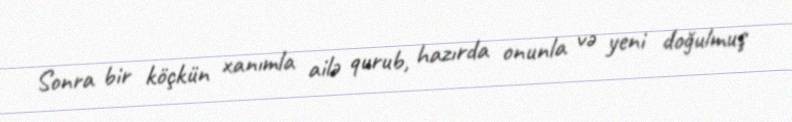
Sonra bir köçkün xanımla ailə qurub, hazırda onunla və yeni doğulmuş